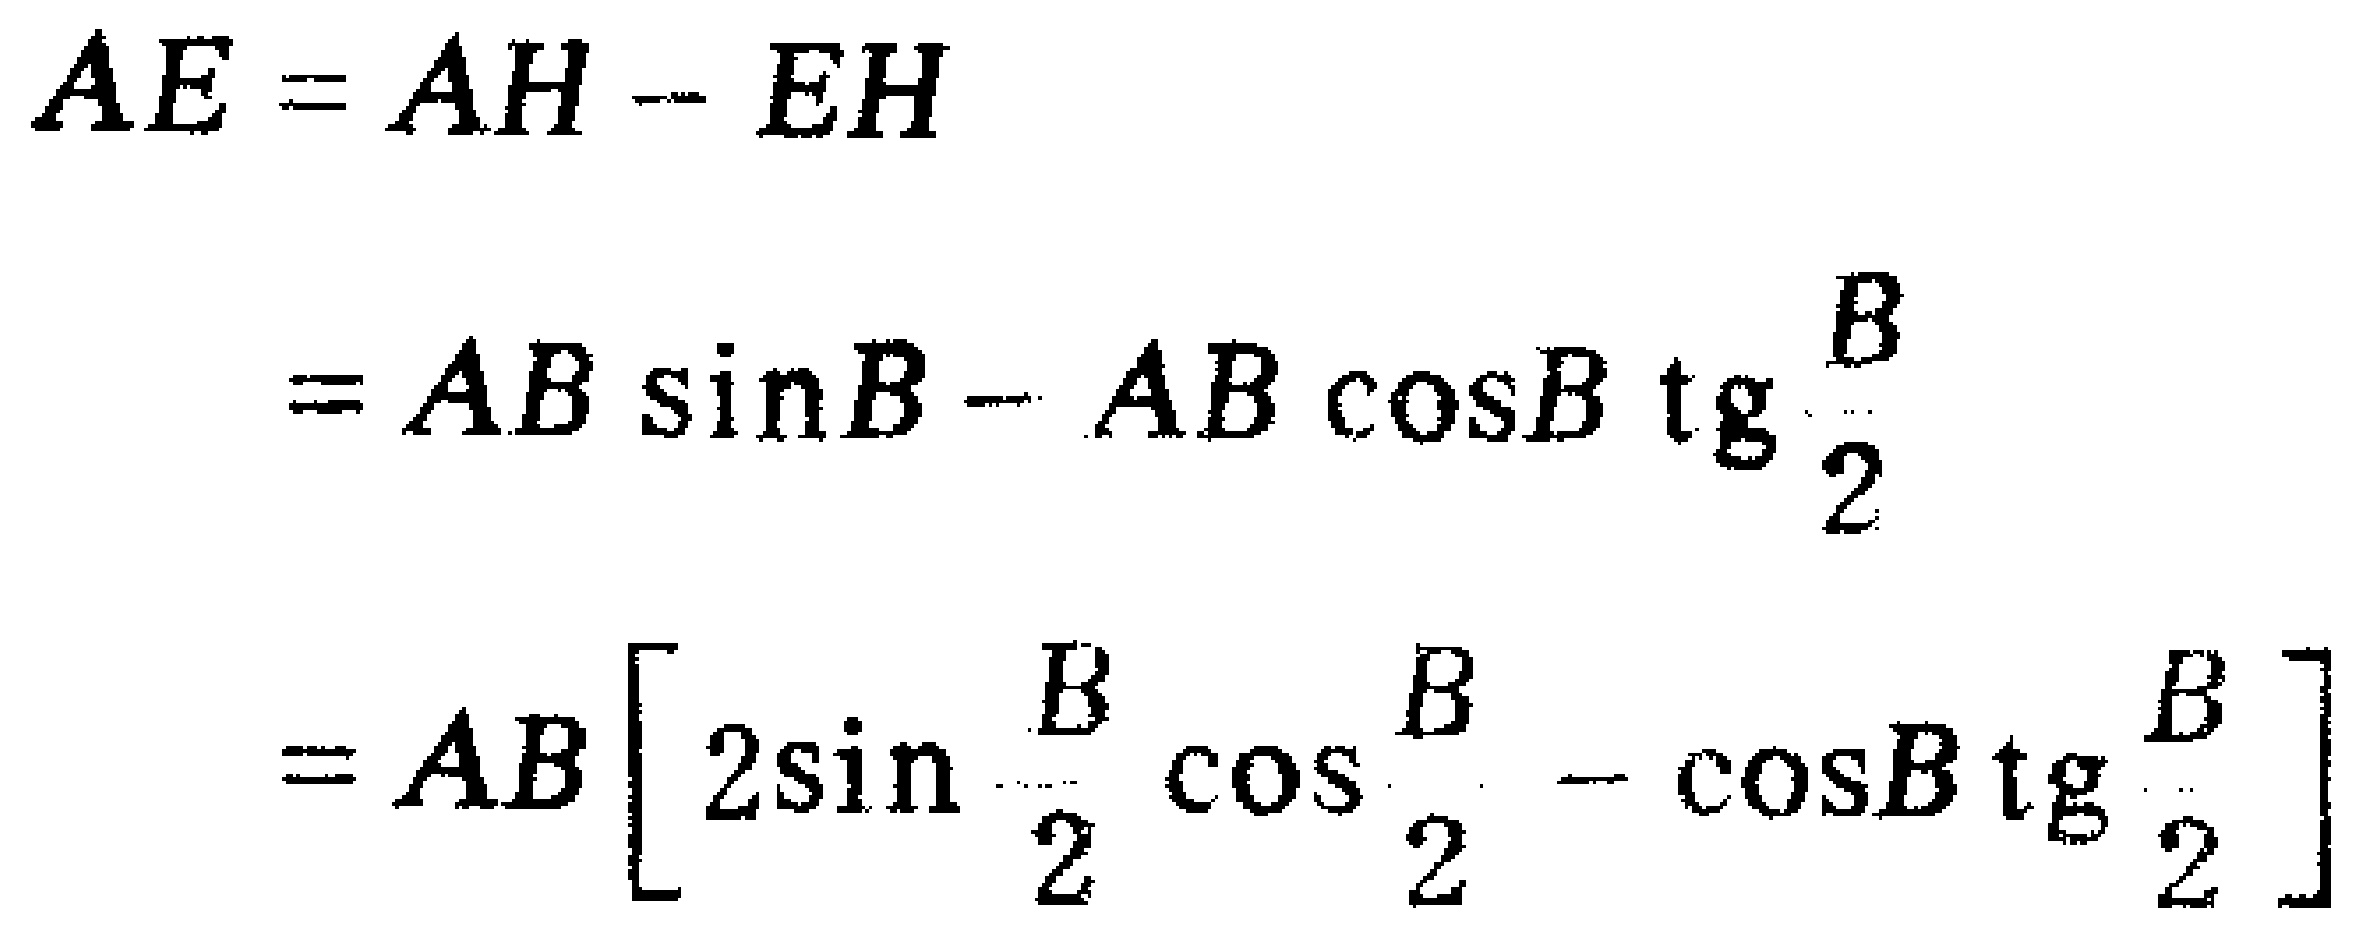
\[

\begin{align*}

AE&=AH - EH\\

&=AB\sin B-AB\cos B\operatorname{tg}\frac{B}{2}\\

&=AB\left[2\sin\frac{B}{2}\cos\frac{B}{2}-\cos B\operatorname{tg}\frac{B}{2}\right]

\end{align*}

\]